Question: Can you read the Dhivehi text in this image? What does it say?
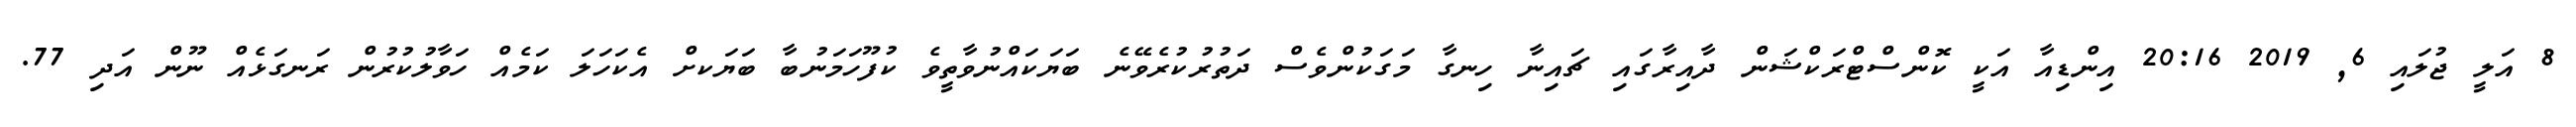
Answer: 8 އަލީ ޖުލައި 6, 2019 20:16 އިންޑިއާ އަކީ ކޮންސްޓްރަކްޝަން ދާއިރާގައި ޗައިނާ ހިނގާ މަގަކުންވެސް ދަތުރުކުރެވޭނެ ބަޔަކައްނުވާތީވެ ކުފޫހަމަނުބާ ބަޔަކށް އެކަހަލަ ކަމެއް ހަވާލުކުރުން ރަނގަޅެއް ނޫން އަދި 77.